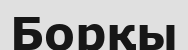
Борқы